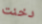
دخنت